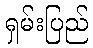
ရှမ်းပြည်